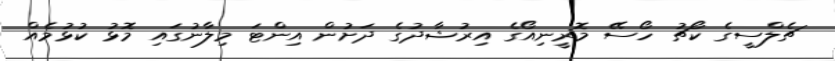
ޗެލްސީގެ ކޯޗު ހޯސޭ މޮރީނިއޯގެ އިރުޝާދުގެ ދަށުން އިންޓަ މިލާނުގައި މޮޅު ކުޅުމެއް